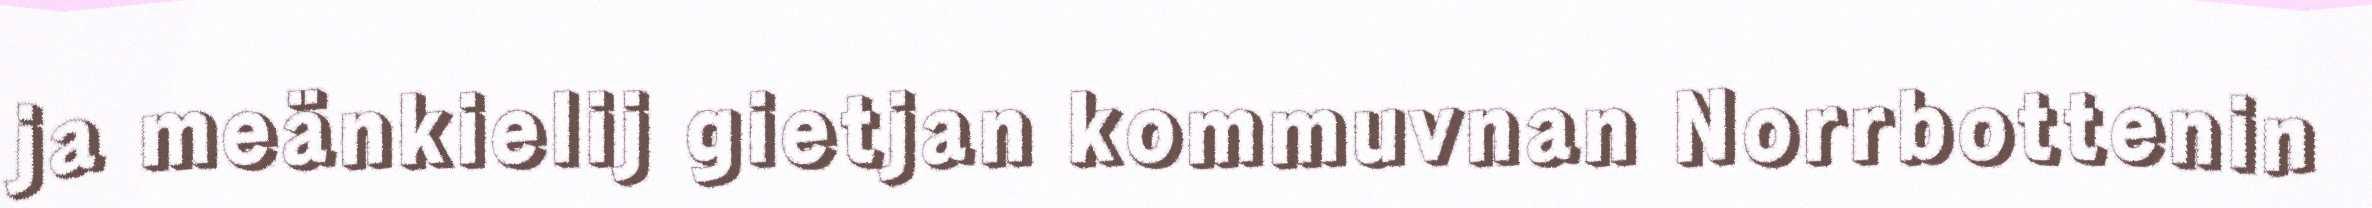
ja meänkielij gietjan kommuvnan Norrbottenin